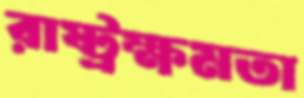
রাষ্ট্রক্ষমতা